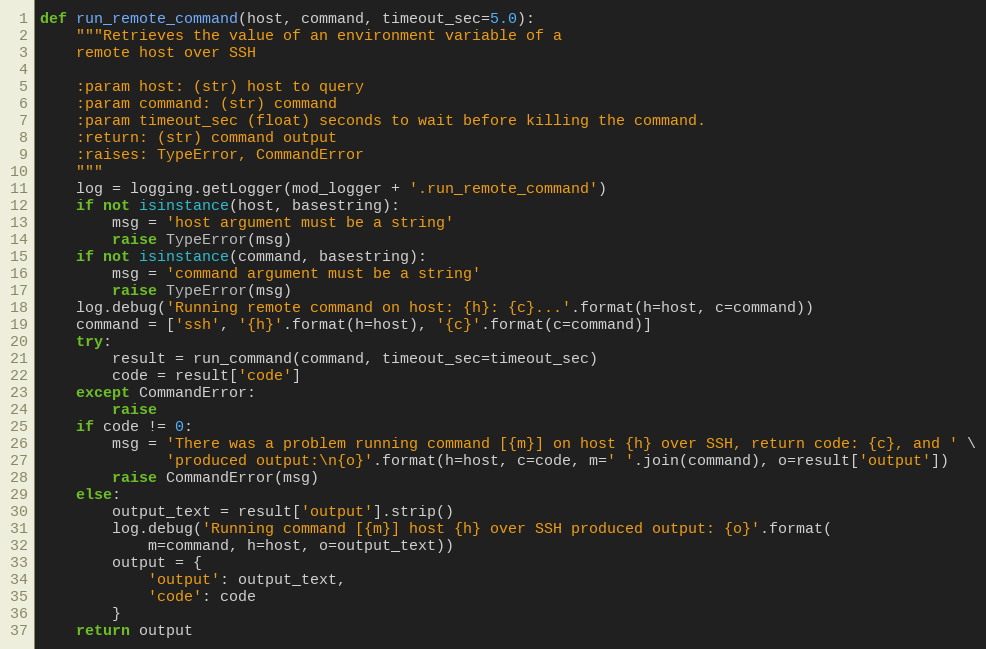
Language: Python
def run_remote_command(host, command, timeout_sec=5.0):
    """Retrieves the value of an environment variable of a
    remote host over SSH

    :param host: (str) host to query
    :param command: (str) command
    :param timeout_sec (float) seconds to wait before killing the command.
    :return: (str) command output
    :raises: TypeError, CommandError
    """
    log = logging.getLogger(mod_logger + '.run_remote_command')
    if not isinstance(host, basestring):
        msg = 'host argument must be a string'
        raise TypeError(msg)
    if not isinstance(command, basestring):
        msg = 'command argument must be a string'
        raise TypeError(msg)
    log.debug('Running remote command on host: {h}: {c}...'.format(h=host, c=command))
    command = ['ssh', '{h}'.format(h=host), '{c}'.format(c=command)]
    try:
        result = run_command(command, timeout_sec=timeout_sec)
        code = result['code']
    except CommandError:
        raise
    if code != 0:
        msg = 'There was a problem running command [{m}] on host {h} over SSH, return code: {c}, and ' \
              'produced output:\n{o}'.format(h=host, c=code, m=' '.join(command), o=result['output'])
        raise CommandError(msg)
    else:
        output_text = result['output'].strip()
        log.debug('Running command [{m}] host {h} over SSH produced output: {o}'.format(
            m=command, h=host, o=output_text))
        output = {
            'output': output_text,
            'code': code
        }
    return output